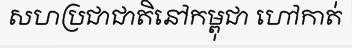
សហប្រជាជាតិនៅកម្ពុជា ហៅកាត់